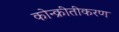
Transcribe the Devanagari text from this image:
कोन्क्रीतीकरण